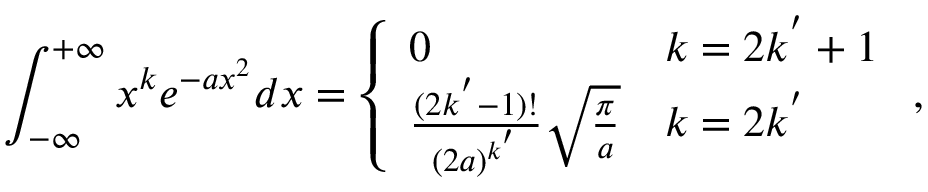
\int _ { - \infty } ^ { + \infty } x ^ { k } e ^ { - a x ^ { 2 } } d x = \left\{ \begin{array} { l l } { 0 } & { k = 2 k ^ { ' } + 1 } \\ { \frac { ( 2 k ^ { ' } - 1 ) ! } { { ( 2 a ) } ^ { k ^ { ' } } } \sqrt { \frac { \pi } { a } } } & { k = 2 k ^ { ' } } \end{array} \right. ,